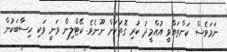
ނަމަވެސް ކަންތައްވީ އުއްމީދު ކުރި ގޮތަކަށް ނޫނެވެ. ކޭޓްލިން ވަނީ ވަކި ހިސާބަކުން